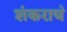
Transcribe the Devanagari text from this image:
शंकराच॓